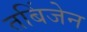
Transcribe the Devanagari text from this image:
तबिंजेन